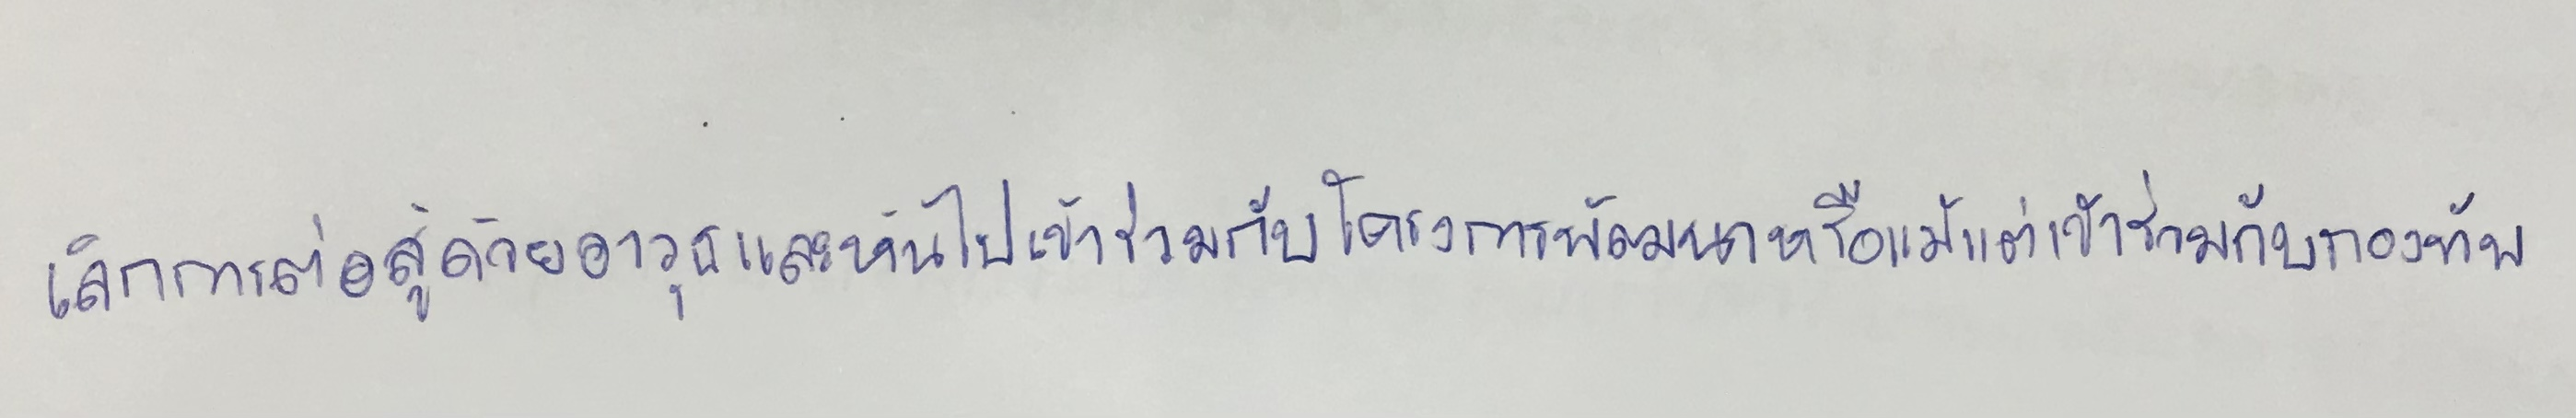
เลิกการต่อสู้ด้วยอาวุธและหันไปเข้าร่วมกับโครงการพัฒนาหรือแม้แต่เข้าร่วมกับกองทัพ